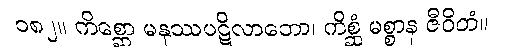
၁၈၂။ ကိစ္ဆော မနုဿပဋိလာဘော၊ ကိစ္ဆံ မစ္စာန ဇီဝိတံ။